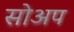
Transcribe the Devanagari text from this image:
सोअप